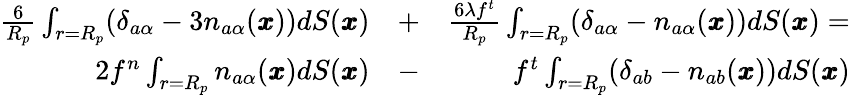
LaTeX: \begin{array}{rlr}{\frac{6}{R_{p}}\int_{r=R_{p}}(\delta_{a\alpha}-3n_{a\alpha}({\pmb x}))dS({\pmb x})}&{{}+}&{\frac{6\lambda f^{t}}{R_{p}}\int_{r=R_{p}}(\delta_{a\alpha}-n_{a\alpha}({\pmb x}))dS({\pmb x})=}\\ {2f^{n}\int_{r=R_{p}}n_{a\alpha}(\pmb x)dS({\pmb x})}&{{}-}&{f^{t}\int_{r=R_{p}}(\delta_{ab}-n_{ab}(\pmb x))dS({\pmb x})}\end{array}